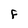
Character: F